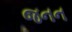
જનન